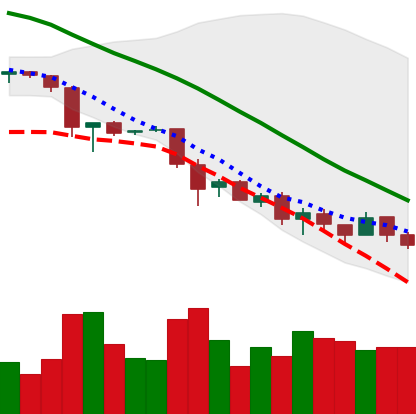
Ticker: EOS-USD
Chart end date: 2018-11-30
Forward return: -23.848%
Label: down_7plus